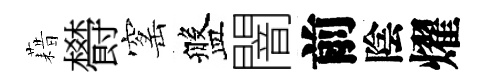
藉欎窰盤闇前陰燿